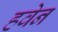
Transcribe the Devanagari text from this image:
हवेन